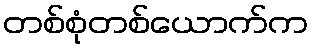
တစ်စုံတစ်ယောက်က